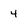
Character: 4